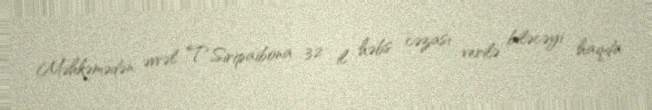
Məhkəmədən əvvəl T.Siripaibona 32 il həbs cəzası verilə biləcəyi haqda